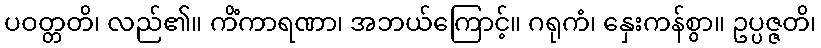
ပဝတ္တတိ၊ လည်၏။ ကိံကာရဏာ၊ အဘယ်ကြောင့်။ ဂရုကံ၊ နှေးကန်စွာ။ ဥပ္ပဇ္ဇတိ၊